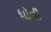
ધોવી